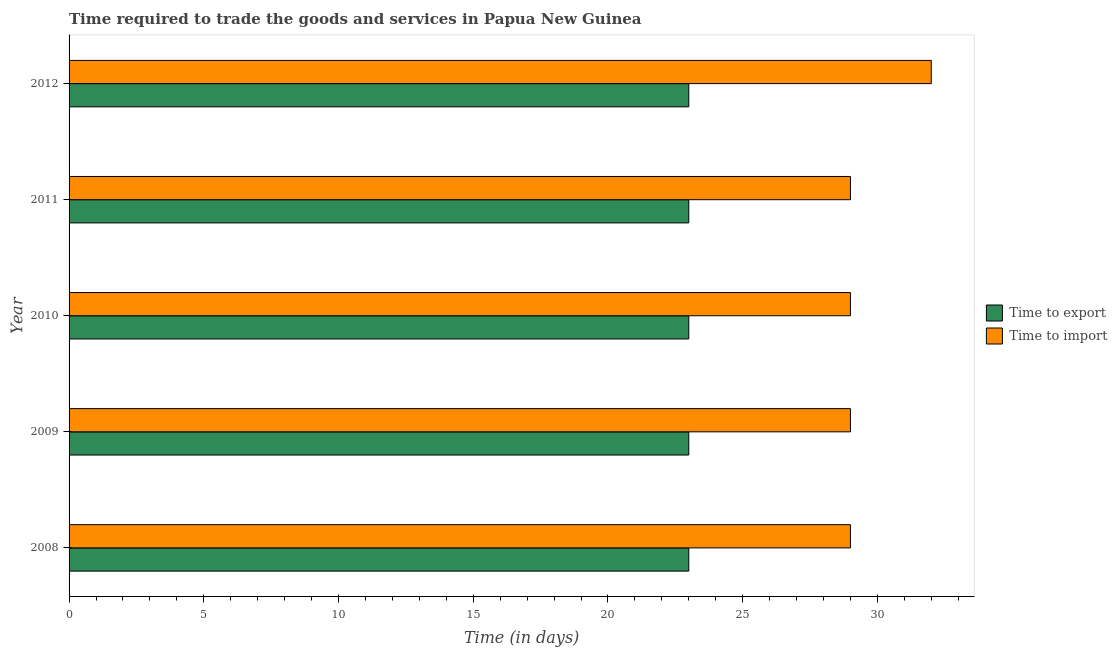
| Year | Time to export | Time to import |
 | --- | --- | --- |
 | 2008 | 23 | 29 |
 | 2009 | 23 | 29 |
 | 2010 | 23 | 29 |
 | 2011 | 23 | 29 |
 | 2012 | 23 | 32 |